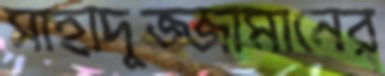
সাহাদুজ্জামানের